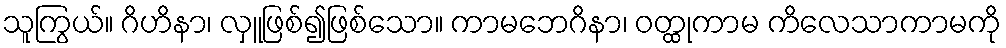
သူကြွယ်။ ဂိဟိနာ၊ လှူဖြစ်၍ဖြစ်သော။ ကာမဘေဂိနာ၊ ဝတ္ထုကာမ ကိလေသာကာမကို